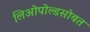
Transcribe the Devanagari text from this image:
लिओपोल्डसोबत